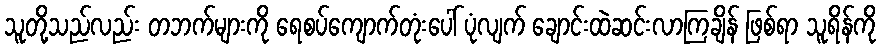
သူတို့သည်လည်း တဘက်များကို ရေစပ်ကျောက်တုံးပေါ် ပုံလျက် ချောင်းထဲဆင်းလာကြချိန် ဖြစ်ရာ သူရိန်ကို